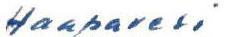
Haapavesi